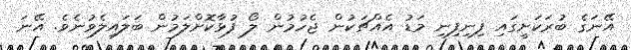
އޭނަގެ ބުރަކަށީގައި ފިނިފިނި މަޑު އެއްޗަކުން ޖެހުމުން ލޯ ފުޅާކޮށްލަމުން ބަލައިލެވުނެވެ. އޭނަ